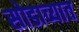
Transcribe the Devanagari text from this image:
सोडाव्यात